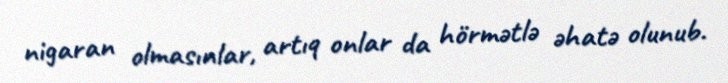
nigaran olmasınlar, artıq onlar da hörmətlə əhatə olunub.